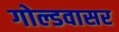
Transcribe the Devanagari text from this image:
गोल्डवासर